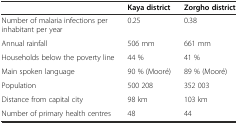
|  | Kaya district | Zorgho district |
 | --- | --- | --- |
 | Number of malaria infections per inhabitant per year | 0.25 | 0.38 |
 | Annual rainfall | 506 mm | 661 mm |
 | Households below the poverty line | 44 % | 41 % |
 | Main spoken language | 90 % (Mooré) | 89 % (Mooré) |
 | Population | 500 208 | 352 003 |
 | Distance from capital city | 98 km | 103 km |
 | Number of primary health centres | 48 | 44 |